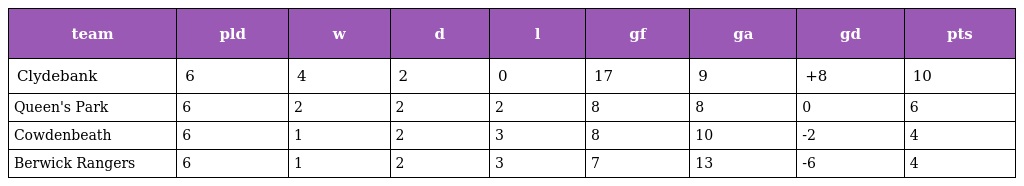
| team | pld | w | d | l | gf | ga | gd | pts |
 | --- | --- | --- | --- | --- | --- | --- | --- | --- |
 | Clydebank | 6 | 4 | 2 | 0 | 17 | 9 | +8 | 10 |
 | Queen's Park | 6 | 2 | 2 | 2 | 8 | 8 | 0 | 6 |
 | Cowdenbeath | 6 | 1 | 2 | 3 | 8 | 10 | -2 | 4 |
 | Berwick Rangers | 6 | 1 | 2 | 3 | 7 | 13 | -6 | 4 |